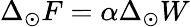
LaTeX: \Delta_{\odot}F=\alpha\Delta_{\odot}W